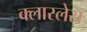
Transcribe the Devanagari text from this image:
क्लास्लेस